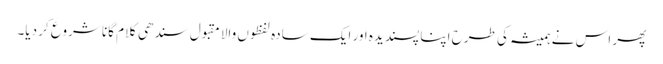
پھر اس نے ہمیشہ کی طرح اپنا پسندیدہ اور ایک سادہ لفظوں والا مقبول سندھی کلام گانا شروع کر دیا۔